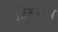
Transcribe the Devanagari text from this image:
त्रिरूपुरम